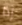
إذا